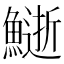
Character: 𩻔